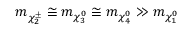
m _ { \chi _ { 2 } ^ { \pm } } \cong m _ { \chi _ { 3 } ^ { 0 } } \cong m _ { \chi _ { 4 } ^ { 0 } } \gg m _ { \chi _ { 1 } ^ { 0 } }